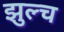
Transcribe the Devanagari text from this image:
झुल्च